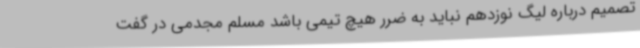
تصمیم درباره لیگ نوزدهم نباید به ضرر هیچ تیمی باشد مسلم مجدمی در گفت